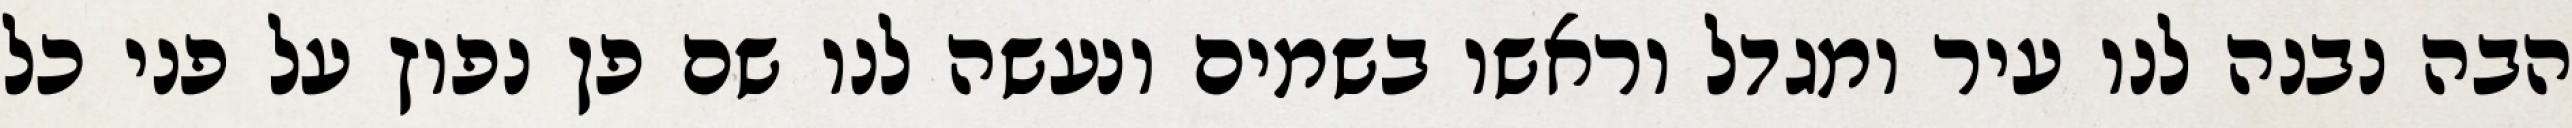
הבה נבנה לנו עיר ומגדל וראשו בשמים ונעשה לנו שם פן נפוץ על פני כל